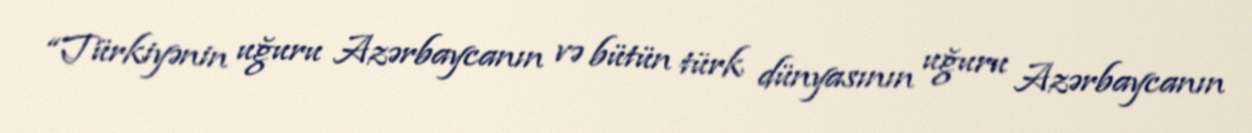
“Türkiyənin uğuru Azərbaycanın və bütün türk dünyasının uğuru Azərbaycanın